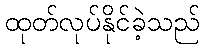
ထုတ်လုပ်နိုင်ခဲ့သည်